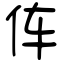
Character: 伡